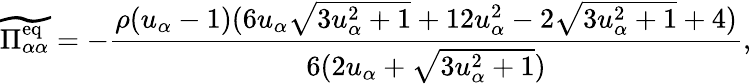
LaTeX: \widetilde{\Pi_{\alpha\alpha}^{\mathrm{eq}}}=-\frac{\rho(u_{\alpha}-1)(6u_{\alpha}\sqrt{3u_{\alpha}^{2}+1}+12u_{\alpha}^{2}-2\sqrt{3u_{\alpha}^{2}+1}+4)}{6(2u_{\alpha}+\sqrt{3u_{\alpha}^{2}+1})},